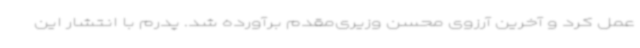
عمل کرد و آخرین آرزوی محسن وزیری‌مقدم برآورده شد. پدرم با انتشار این